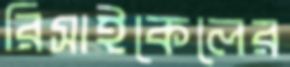
রিসাইকেলের